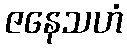
ဇနေသဟံ